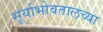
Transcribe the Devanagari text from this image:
सूर्याभोवतालच्या